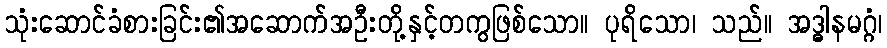
သုံးဆောင်ခံစားခြင်း၏အဆောက်အဦးတို့နှင့်တကွဖြစ်သော။ ပုရိသော၊ သည်။ အဒ္ဓါနမဂ္ဂံ၊